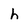
Character: h